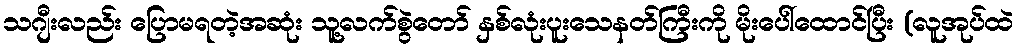
သဂျီးလည်း ပြောမရတဲ့အဆုံး သူ့လက်စွဲတော် နှစ်လုံးပူးသေနတ်ကြီးကို မိုးပေါ်ထောင်ပြီး (လူအုပ်ထဲ